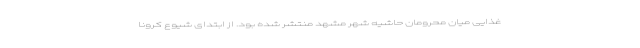
غذایی میان محرومان حاشیه شهر مشهد منتشر شده بود. از ابتدای شیوع کرونا